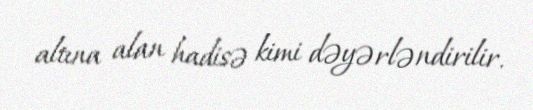
altına alan hadisə kimi dəyərləndirilir.